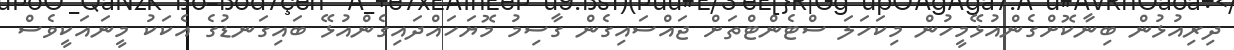
ދިރިއުޅުން ބިނާކޮށްގެންއުޅޭމީހުން މިކަހަލަ ސްޓެންޓްތަށް ޖައްސައިގެން ގާސިމު މޮޔަހައްދައިގެންއުޅޭ ބައިގަނޑުގެ އެކަކު މީނައަކީވެސް